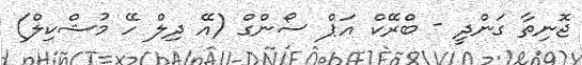
ޖޮނިތާ ގަންދީ - ބްރޭކް އަޕް ސޯންގް (އޭ ދިލް ހޭ މުޝްކިލް)